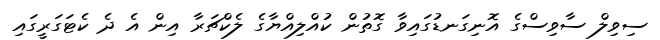
ސިވިލް ސާވިސްގެ އޮނިގަނޑުގައިވާ ގޮތުން ކުއްލިއްޔާގެ ލެކްޗަރާ އިން އެ ދެ ކެޓަގަރީގައި